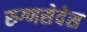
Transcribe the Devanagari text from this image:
रुग्णसेवेस